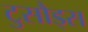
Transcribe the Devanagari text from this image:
टुसौड्स